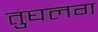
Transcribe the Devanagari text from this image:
तुघलग